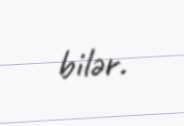
bilər.